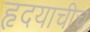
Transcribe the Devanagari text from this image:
हृदयाचीच